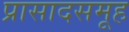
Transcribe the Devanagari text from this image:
प्रासादसमूह